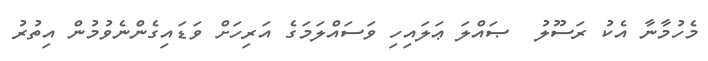
މެހުމާނާ އެކު ރަސޫލު  ޞައްލަ ޢަލައިހި ވަސައްލަމަގެ އަރިހަށް ވަޑައިގެންނެވުމުން އިތުރު